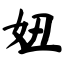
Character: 妞